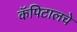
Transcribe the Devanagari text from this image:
कॅपिटालचे